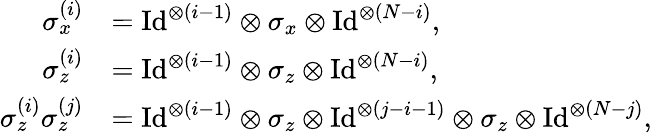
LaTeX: \begin{array}{rl}{\sigma_{x}^{(i)}}&{=\mathrm{Id}^{\otimes(i-1)}\otimes\sigma_{x}\otimes\mathrm{Id}^{\otimes(N-i)},}\\ {\sigma_{z}^{(i)}}&{=\mathrm{Id}^{\otimes(i-1)}\otimes\sigma_{z}\otimes\mathrm{Id}^{\otimes(N-i)},}\\ {\sigma_{z}^{(i)}\sigma_{z}^{(j)}}&{=\mathrm{Id}^{\otimes(i-1)}\otimes\sigma_{z}\otimes\mathrm{Id}^{\otimes(j-i-1)}\otimes\sigma_{z}\otimes\mathrm{Id}^{\otimes(N-j)},}\end{array}